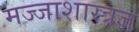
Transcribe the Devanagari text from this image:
मज्जाशास्त्रज्ञ